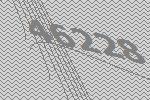
46228